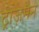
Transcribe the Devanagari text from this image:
ट्रीज़मैन